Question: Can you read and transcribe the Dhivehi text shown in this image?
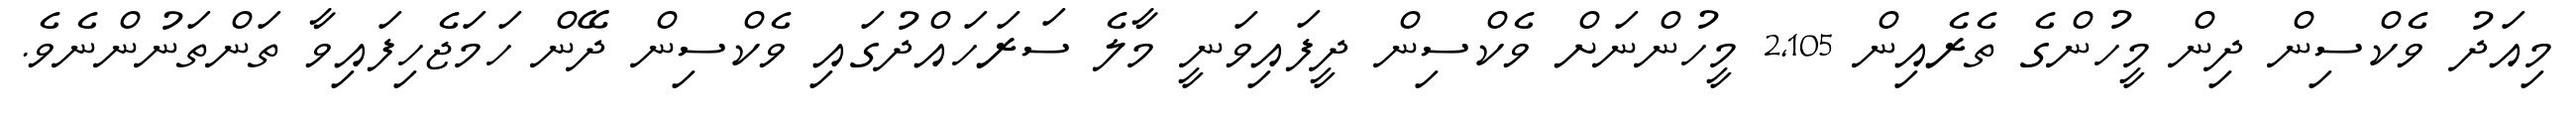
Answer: މިއަދު ވެކްސިން ދިން މީހުންގެ ތެރެއިން 2,105 މީހުންނަށް ވެކްސިން ދީފައިވަނީ މާލެ ސަރަހައްދުގައި ވެކްސިން ދޭން ހަމަޖެހިފައިވާ ތަންތަނުންނެވެ.